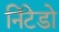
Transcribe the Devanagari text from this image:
निंटेडो